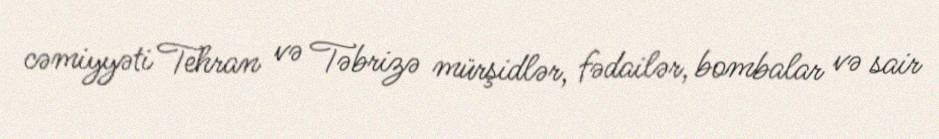
cəmiyyəti Tehran və Təbrizə mürşidlər, fədailər, bombalar və sair